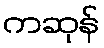
ကဆုန်